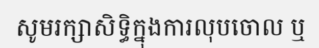
សូមរក្សាសិទ្ធិក្នុងការលុបចោល ឬ